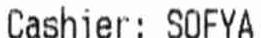
CASHIER: SOFYA